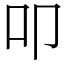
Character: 叩